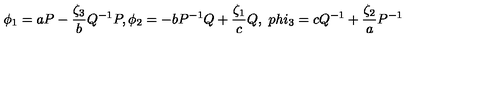
\phi _ { 1 } = a P - \frac { \zeta _ { 3 } } { b } Q ^ { - 1 } P , \phi _ { 2 } = - b P ^ { - 1 } Q + \frac { \zeta _ { 1 } } { c } Q , \ p h i _ { 3 } = c Q ^ { - 1 } + \frac { \zeta _ { 2 } } { a } P ^ { - 1 }